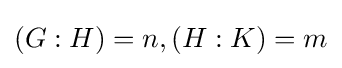
(G:H)=n,(H:K)=m